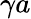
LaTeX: \gamma a